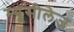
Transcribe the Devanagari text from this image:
म्यूसीलेज